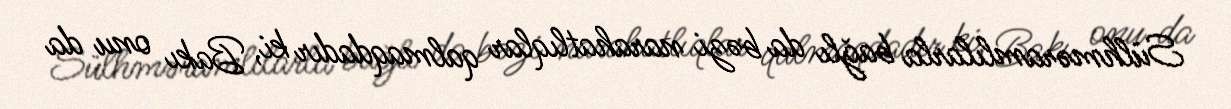
Sülhməramlılarla bağlı da bəzi narahatlıqlar qalmaqdadır ki, Bakı onu da